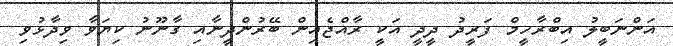
އަންނަބީލު އިބްރާހީމް ފަރީދު ދީދީ އަކީ ރާއްޖެއިން ބޭރުންދީނާއި ގާނޫނު ކިޔަވާ ވިދާޅުވި